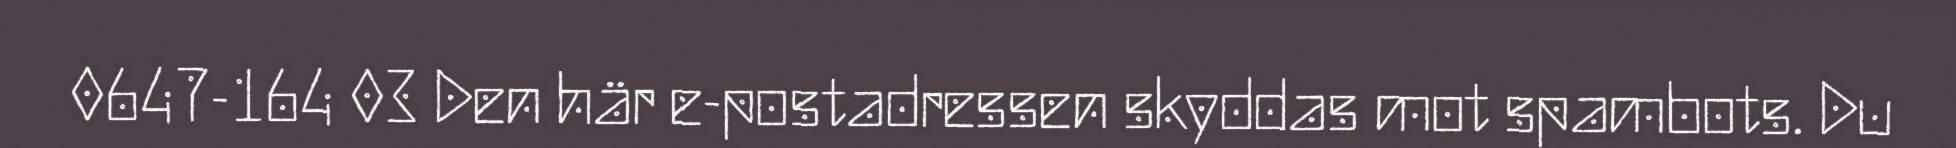
0647-164 03 Den här e-postadressen skyddas mot spambots. Du